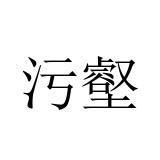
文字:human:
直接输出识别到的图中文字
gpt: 污壑